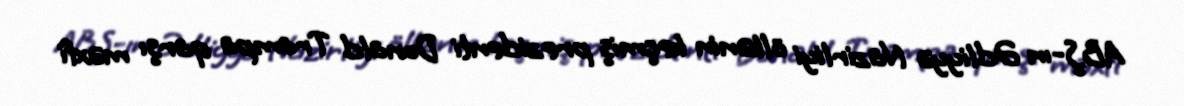
ABŞ-ın Ədliyyə Nazirliyi ölkənin keçmiş prezidenti Donald Trampa qarşı məxfi